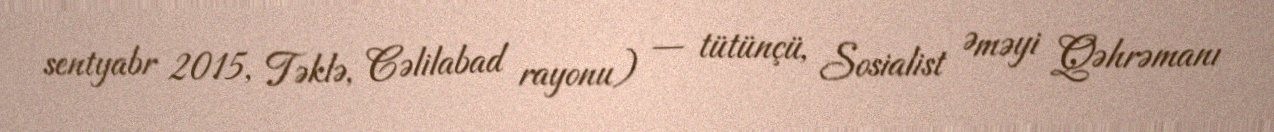
sentyabr 2015, Təklə, Cəlilabad rayonu) — tütünçü, Sosialist Əməyi Qəhrəmanı